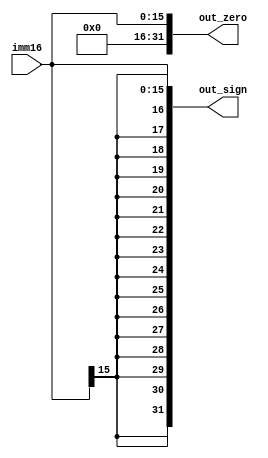
`timescale 1ns / 1ps

// Brief: Bit Extender, combinatorial
module CmbExt(imm16, out_sign, out_zero);
    input [15:0] imm16;
    output [31:0] out_sign;
    output [31:0] out_zero;
    
    assign out_zero = {16'h0, imm16};
    assign out_sign = {{16{imm16[15]}}, imm16};
endmodule